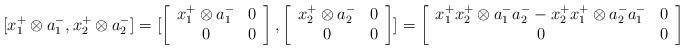
LaTeX: \begin{align*}[x_{1}^{+}\otimes a_{1}^{-},x_{2}^{+}\otimes a_{2}^{-}]=[\left[\begin{array}{cc}x_{1}^{+}\otimes a_{1}^{-} & 0\\0 & 0\end{array}\right],\left[\begin{array}{cc}x_{2}^{+}\otimes a_{2}^{-} & 0\\0 & 0\end{array}\right]]=\left[\begin{array}{cc}x_{1}^{+}x_{2}^{+}\otimes a_{1}^{-}a_{2}^{-}-x_{2}^{+}x_{1}^{+}\otimes a_{2}^{-}a_{1}^{-} & 0\\0 & 0\end{array}\right]\end{align*}